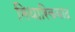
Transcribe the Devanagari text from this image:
मिथारिकवाद